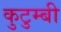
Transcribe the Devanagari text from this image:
कुटुम्बी